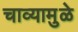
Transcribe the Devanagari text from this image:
चाव्यामुळे